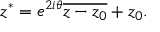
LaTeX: z ^ { * } = e ^ { 2 i \theta } { \overline { { z - z _ { 0 } } } } + z _ { 0 } .